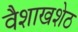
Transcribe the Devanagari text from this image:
वैशाखशेठ